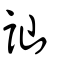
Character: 訕